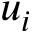
u _ { i }